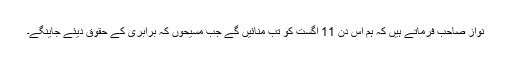
نواز صاحب فرماتے ہیں کہ ہم اُس دن 11 اگست کو تب منائیں گے جب مسیحوں کہ برابری کے حقوق دیئے جاینگے۔